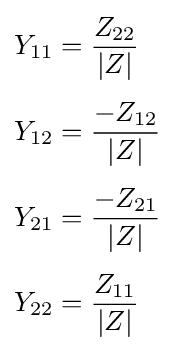
{\begin{aligned}Y_{11}&={Z_{22} \over |Z|}\\[4pt]Y_{12}&={-Z_{12} \over |Z|}\\[4pt]Y_{21}&={-Z_{21} \over |Z|}\\[4pt]Y_{22}&={Z_{11} \over |Z|}\end{aligned}}